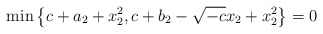
\begin{align*} {{\rm min}} \left\{c +a_{2}+x_{2}^{2}, c +b_{2}-\sqrt{-c} x_{2}+x_{2}^{2}\right\}=0 \end{align*}